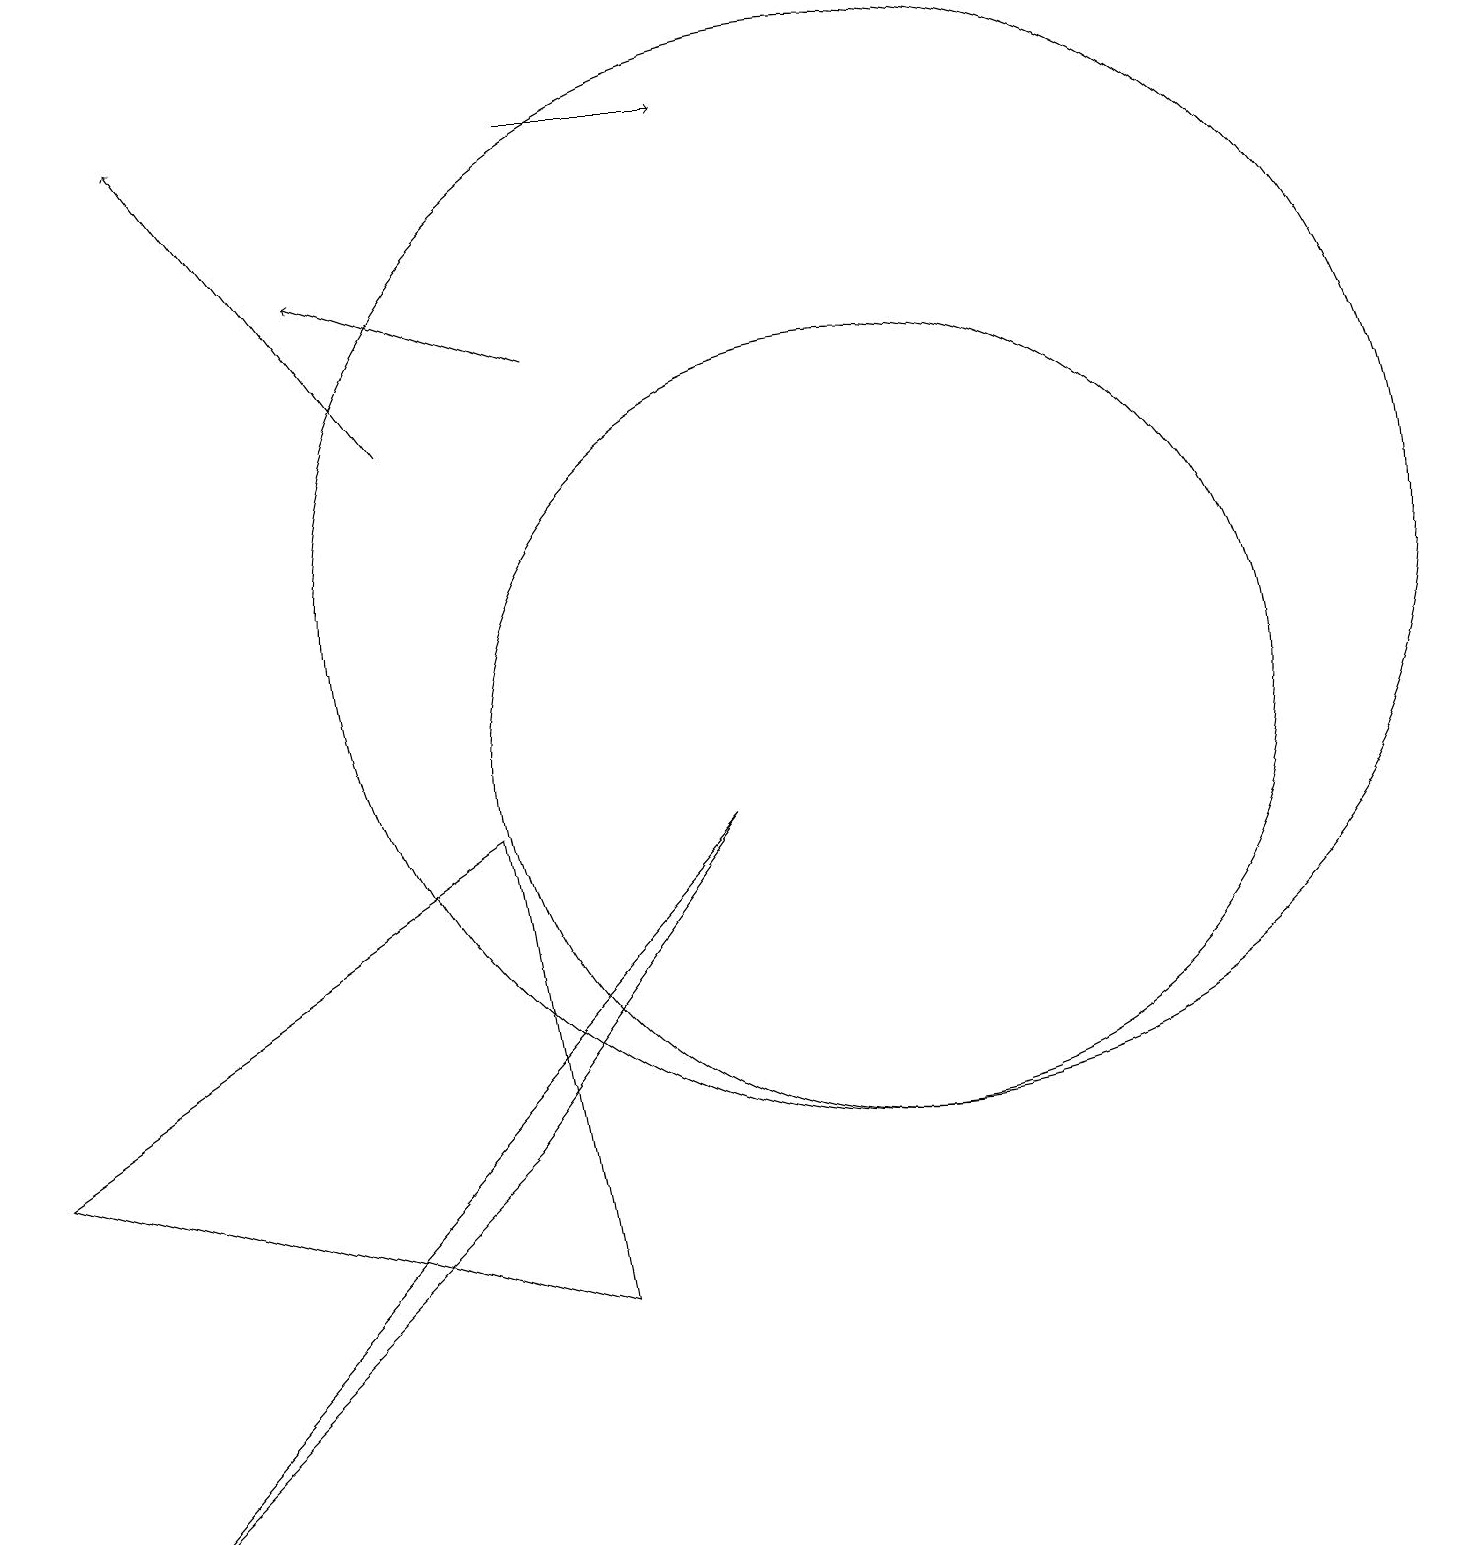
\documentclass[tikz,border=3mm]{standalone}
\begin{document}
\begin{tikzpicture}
\draw (11,10) circle (5);
\draw[->] (7,15) -- (4,16);
\draw (0,5) -- (6,9) -- (7,3) -- cycle;
\draw (6,5) -- (1,0) -- (9,9) -- cycle;
\draw[->] (7,18) -- (9,18);
\draw (11,12) circle (7);
\draw[->] (5,14) -- (2,18);
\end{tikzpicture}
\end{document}